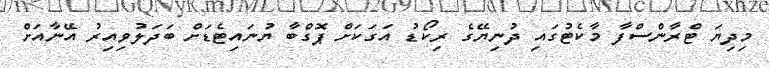
މިދިޔަ ޓްރާންސްފާ މާކެޓުގައި ދުނިޔޭގެ ރިކޯޑު އަގަކަށް ޕޮގްބާ ޔުނައިޓެޑަށް ބަދަލުވިއިރު އޭނާއަށް